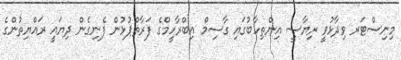
މިނިސްޓަރ ވިދާޅުވީ ރިޔާސީ އިންތިހާބުގައި ގާސިމް އިބްރާހީމްގެ ފަރާތްޕުޅުން ފެނިގެން ދިޔައީ ރައްޔިތުންގެ